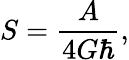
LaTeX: S=\frac{A}{4G\hbar},